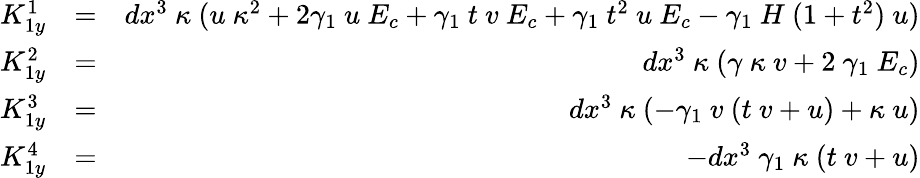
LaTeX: \begin{array}{rlr}{K_{1y}^{1}}&{=}&{dx^{3}~\kappa~(u~\kappa^{2}+2\gamma_{1}~u~E_{c}+\gamma_{1}~t~v~E_{c}+\gamma_{1}~t^{2}~u~E_{c}-\gamma_{1}~H~(1+t^{2})~u)}\\ {K_{1y}^{2}}&{=}&{dx^{3}~\kappa~(\gamma~\kappa~v+2~\gamma_{1}~E_{c})}\\ {K_{1y}^{3}}&{=}&{dx^{3}~\kappa~(-\gamma_{1}~v~(t~v+u)+\kappa~u)}\\ {K_{1y}^{4}}&{=}&{-dx^{3}~\gamma_{1}~\kappa~(t~v+u)}\end{array}